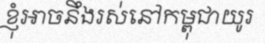
ខ្ញុំអាចនឹងរស់នៅកម្ពុជាយូរ